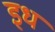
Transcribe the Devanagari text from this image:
इध